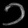
Digit: ၁